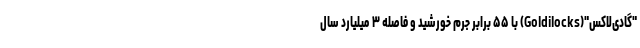
"گادی‌لاکس"(Goldilocks) با ۵۵ برابر جرم خورشید و فاصله ۳ میلیارد سال